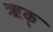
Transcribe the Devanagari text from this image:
ऋक्‌